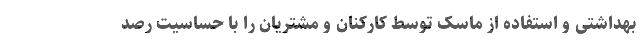
بهداشتی و استفاده از ماسک توسط کارکنان و مشتریان را با حساسیت رصد